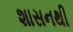
શાસનથી